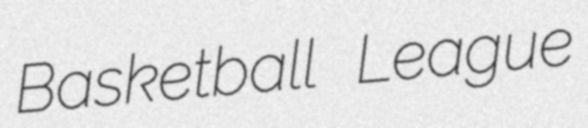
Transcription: Basketball League